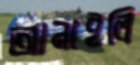
আনাইলি